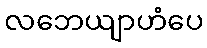
လဘေယျာဟံပေ